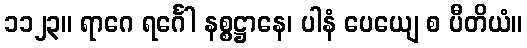
၁၁၂၃။ ရာဂေ ရင်္ဂေါ နစ္စဋ္ဌာနေ၊ ပါနံ ပေယျေ စ ပီတိယံ။